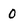
Character: 0